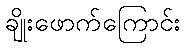
ချိုးဖောက်ကြောင်း